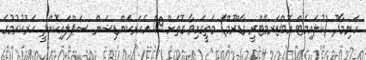
ހަނިމާދޫ (ކުލައިމެޓް އޮބްޒަރވޭޓްރީ ގާޑްރޫމް) މަތީގައިވާ ގޮތަށް 09 އެއަރކަންޑިޝަން ސަޕްލައިކޮށްދީ ހަރުކުރުމުގެ